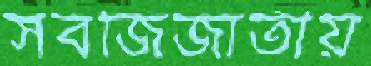
সবজিজাতীয়